Trukikaitis_Postimees, lk 85
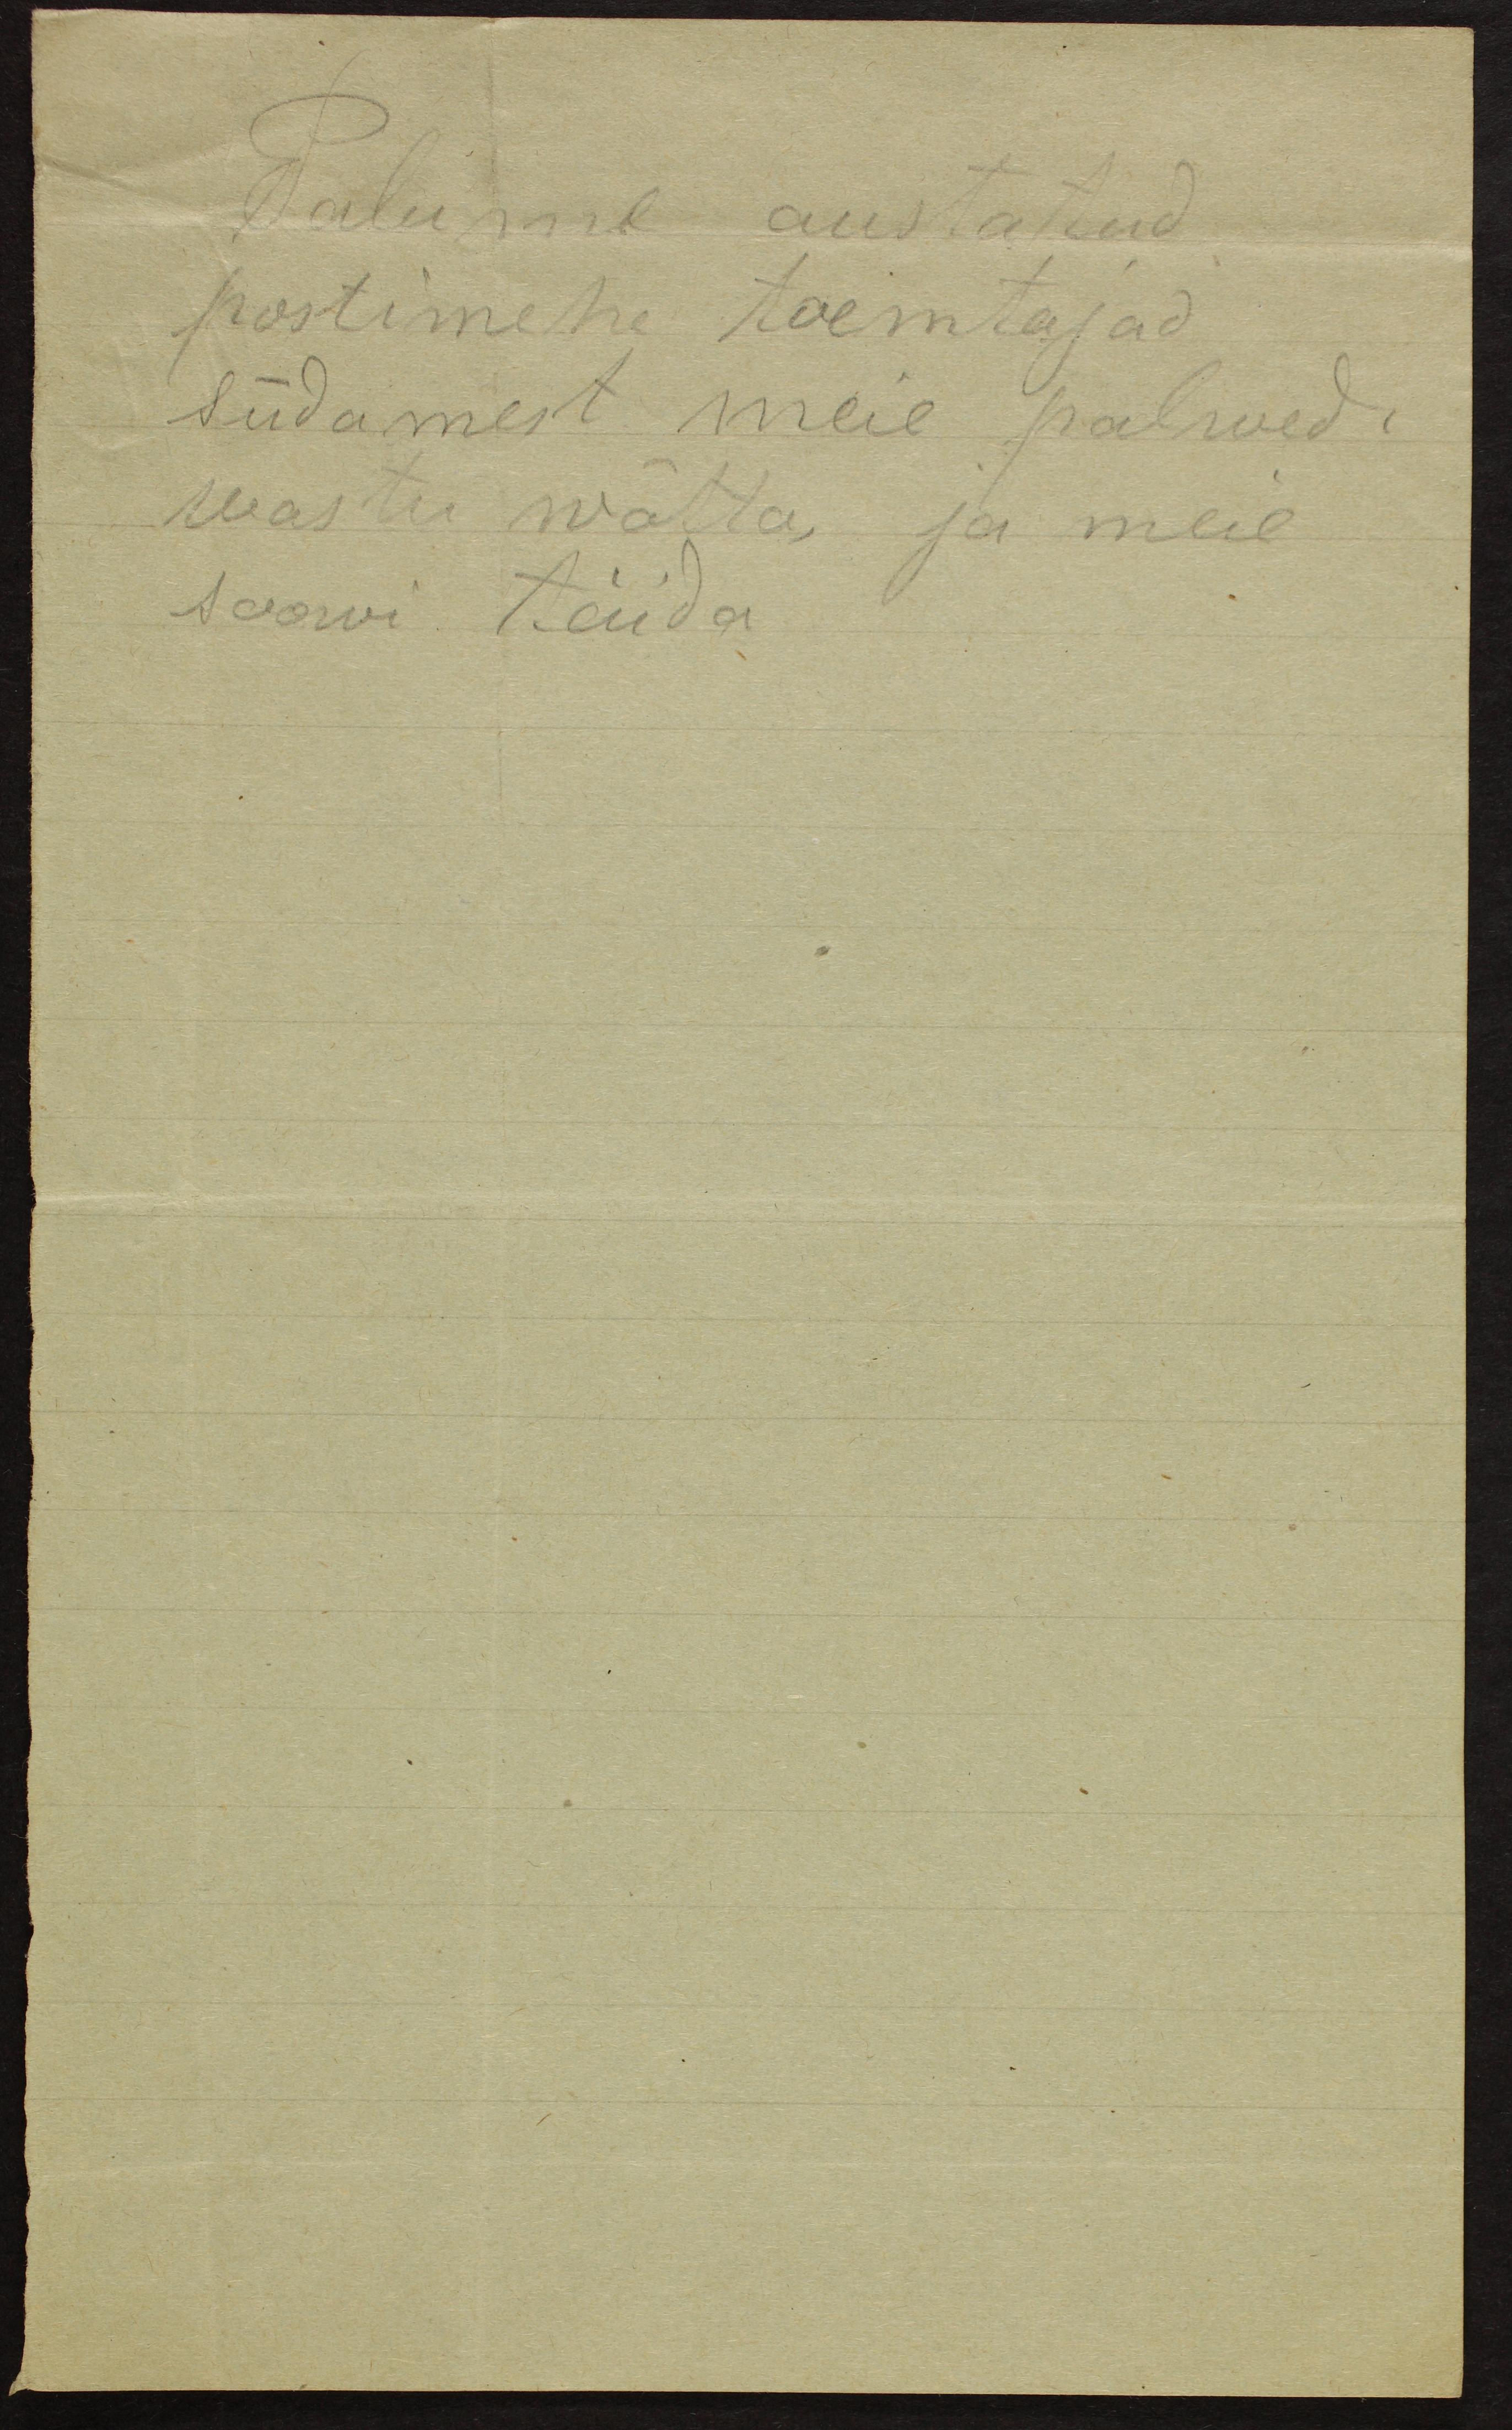
Palurne austatud
postimehe toemtajad
südamest meie palwed
wastu wõtta ja meie
soowi täida